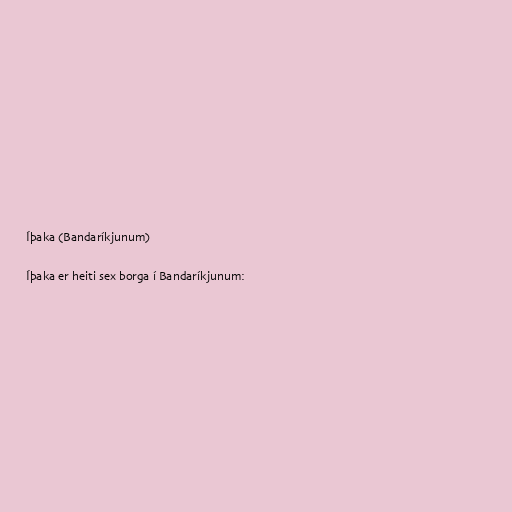
Íþaka (Bandaríkjunum)

Íþaka er heiti sex borga í Bandaríkjunum: